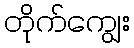
တိုက်ကျွေး